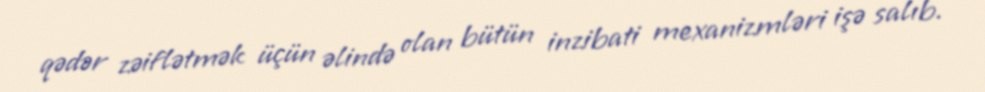
qədər zəiflətmək üçün əlində olan bütün inzibati mexanizmləri işə salıb.